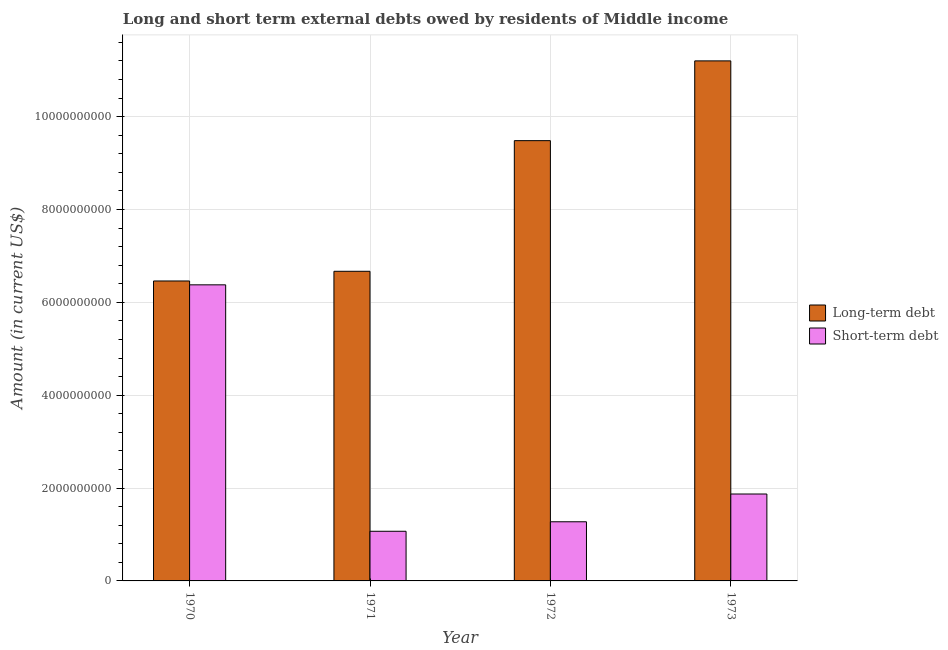
| Year | Long-term debt | Short-term debt |
 | --- | --- | --- |
 | 1970 | 6.46e+09 | 6.38e+09 |
 | 1971 | 6.67e+09 | 1.07e+09 |
 | 1972 | 9.48e+09 | 1.27e+09 |
 | 1973 | 1.12e+10 | 1.87e+09 |